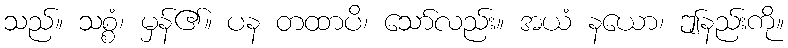
သည်။ သစ္စံ၊ မှန်၏။ ပန တထာပိ၊ သော်လည်း။ အယံ နယော၊ ဤနည်းကို။